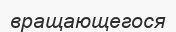
вращающегося